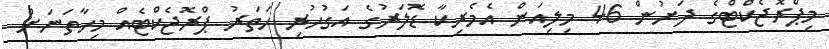
މިޕްރޮޖެކްޓްގެ ދަށުން 46 މިލިއަން އެމެރިކާ ޑޮލަރުގެ އަގުހުރި ހަތަރު ޕްރޮޖެކްޓެއް މިހާތަނަށް